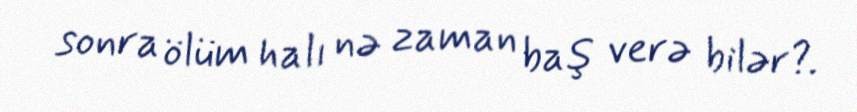
sonra ölüm halı nə zaman baş verə bilər?.